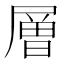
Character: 層